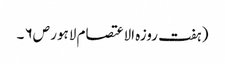
( ہفت روزہ الاعتصام لاہور ص۶ ۔